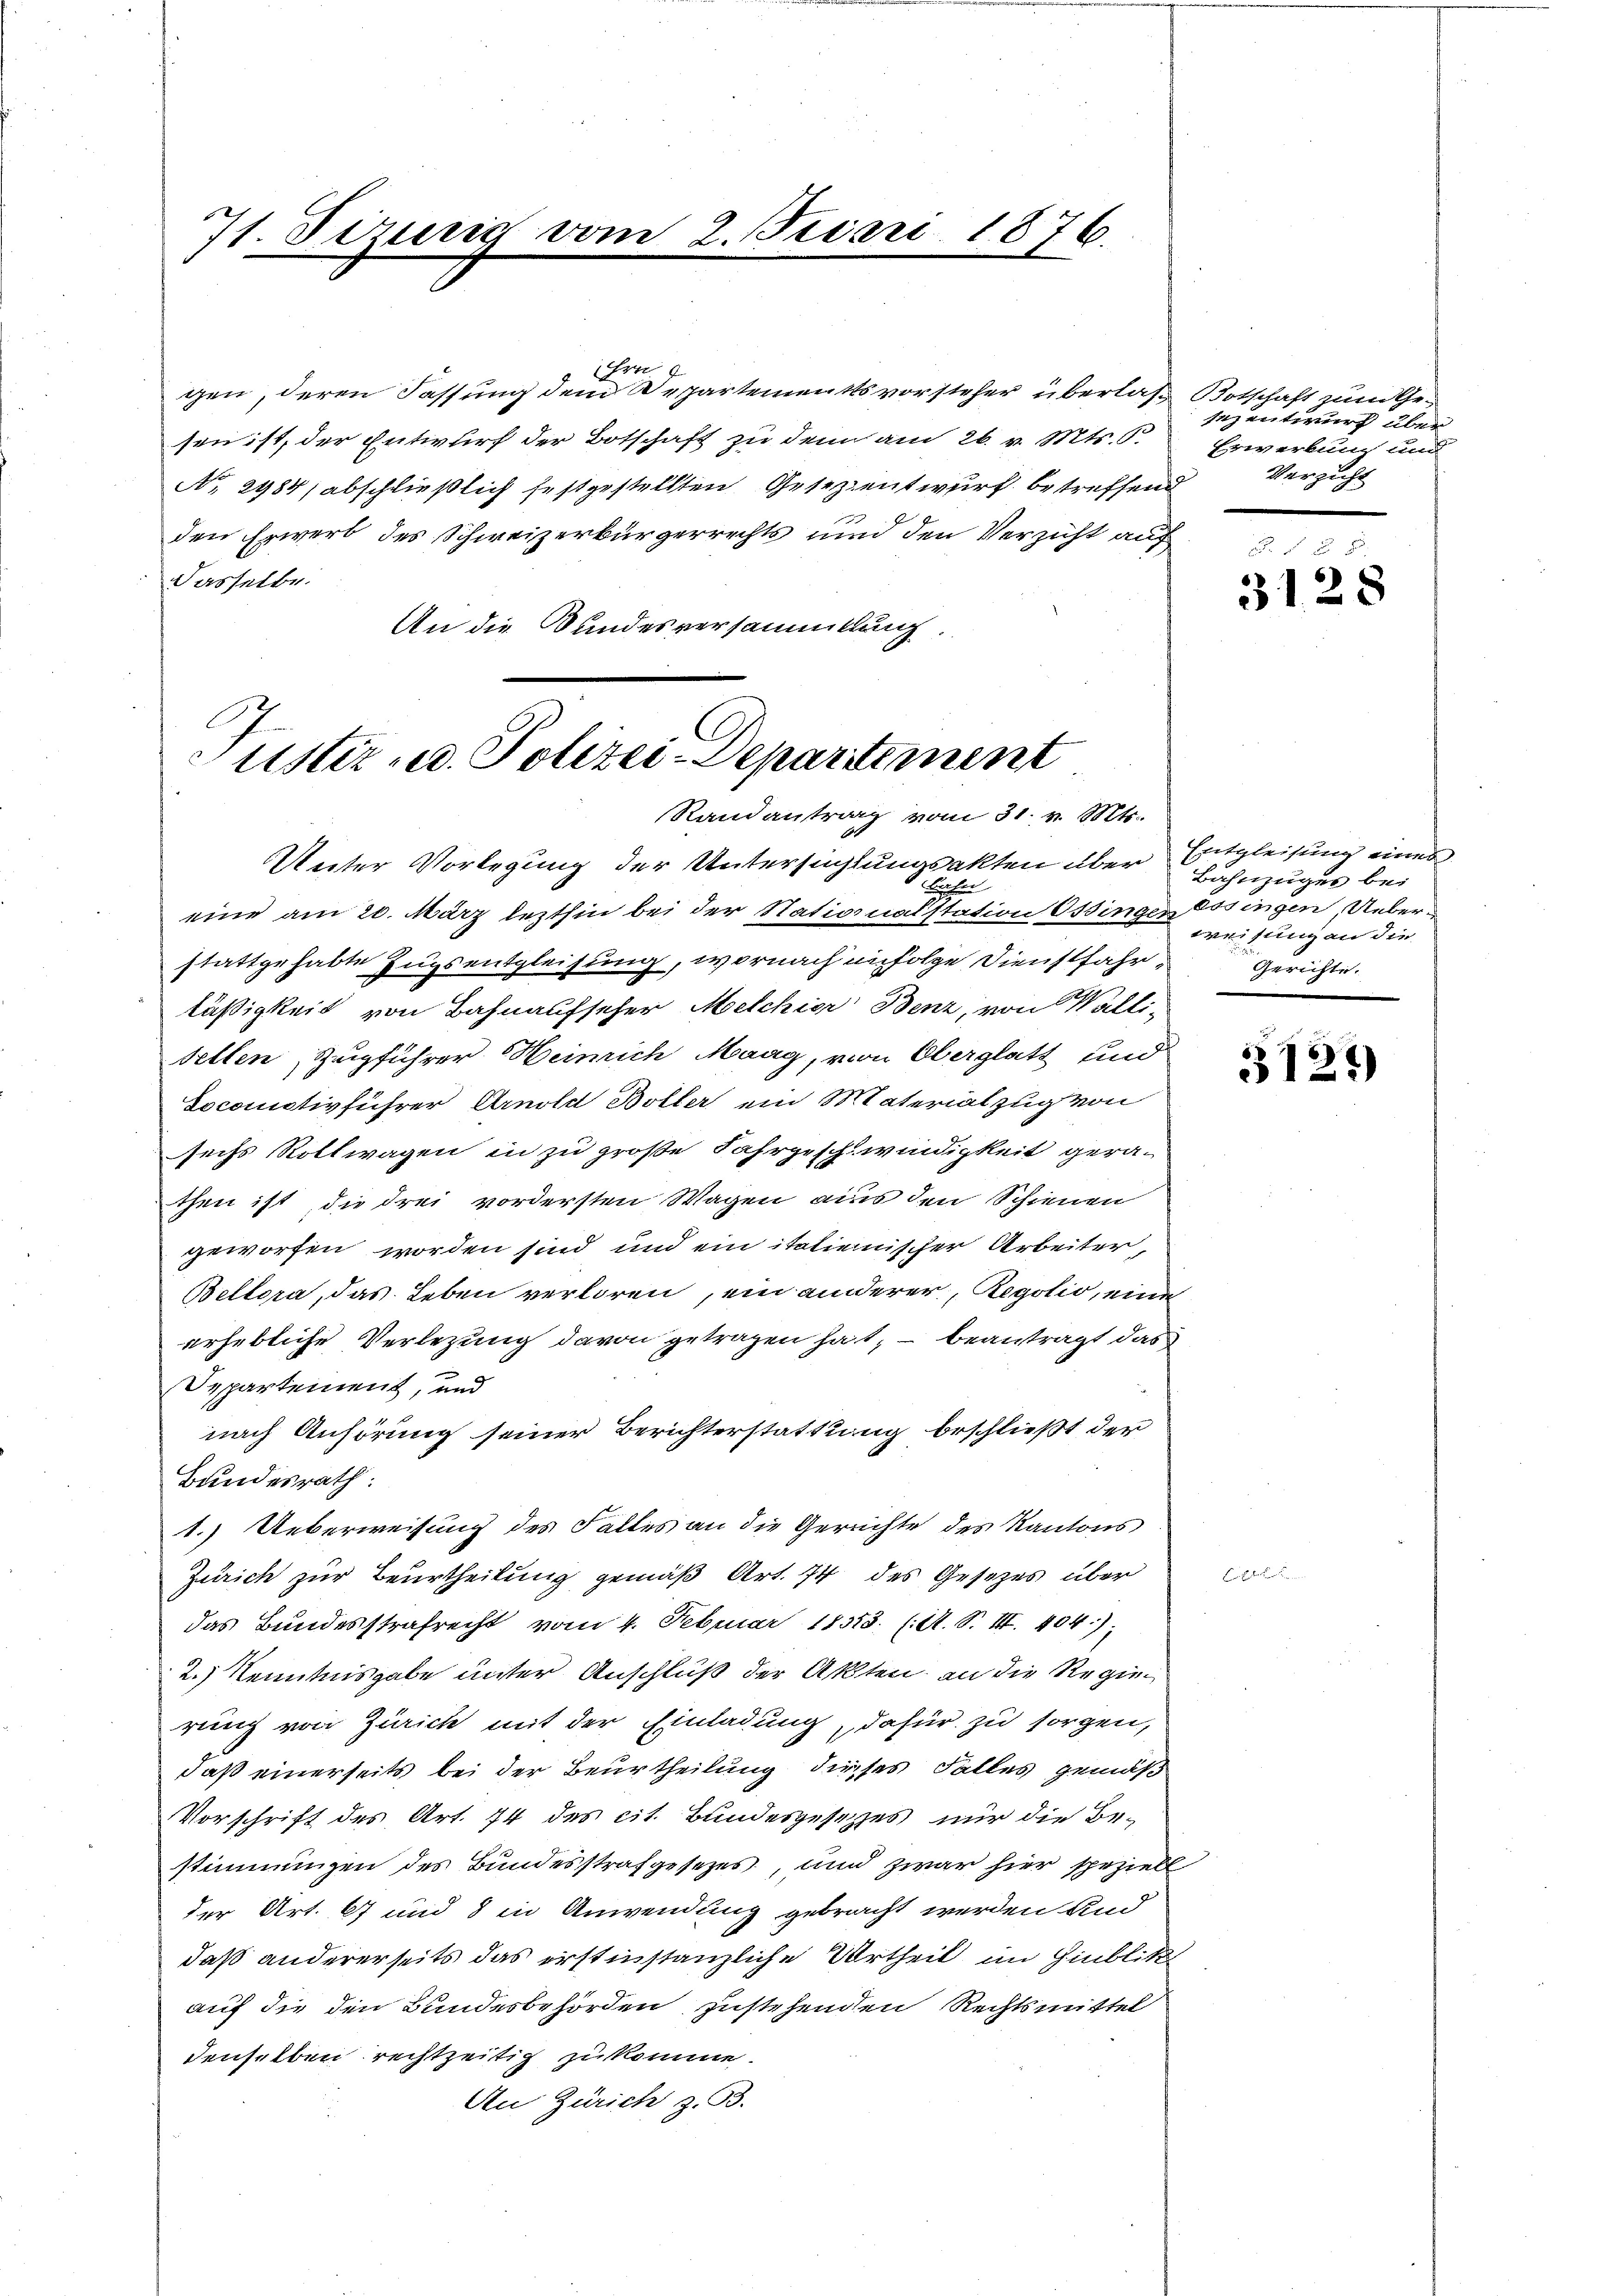
71. Sizung vom 2. Juni 1876.

chen
gen, deren Fassung dem Repartementsvorsteher überlaß Botschaft zum Gesen ist, der Entwurf der Botschaft zu dem am 26. v. Mts. 6.
No. 2984) abschließlich festgestellten Gesezzentwurf betreffend
den Erwerb des Schweizerbürgerrechts und den Verzicht auf
Dasselbe.
An die Bundesversammlung.

Justiz- u. Polizei-Departement
Randantrag vom 31. v. Mts.

Unter Vorlegung der Untersuchtungsakten über Bahnzüger bei
eine am 20. März lezthin bei der Nationalstation Ossinger essingen, Ueberstattgehabte Zugsentgleisung, wornach infolge Dienstfahr
läßigkeit von Bahnaufseher Melchior Benz, von Wallitellen, Zugführer Heinrich Maag, von Oberglatt und
Socomotivführer Arnold Boller ein Materialzug von
sechs Rollwagen in zu große Fahrgeschwindigkeit gera-
then ist die drei vordersten Wagen aus den Schienen
geworfen worden sind und ein italienischer Arbeiter,
Bellora, das Leben verloren, ein anderer Regotio, eine
erhebliche Verlegung davon getragen hat, – beantragt das
Departement, und
nach Anhörung seiner Berichterstattung beschließt der
Bundesrath:
1.) Ueberweisung des Falles an die Gerichte des Kantons
Zürich zur Beurtheilung gemäß Art. 74 des Gesetzes über
das Bundesstrafrecht vom 4. Februar 18313. (A. S. III. 404);
2.) Kenntnisgabe unter Anschluß der Akten, an die Regierung von Zürich mit der Einladung, dafür zu sorgen,
daß einerseits bei der Beurtheilung dieses Falles gemäß
Vorschrift des Art. 74 des cit. Bundesgesetzes nur die Bestimmungen des Bundesstrafgesezes, und zwar hier speziell
der Art. 67 und 8 in Anwendung gebracht werden und
daß andererseits das erstinstanzliche Urtheil im Hinblicke
auf die den Bundesbehörden zustehenden Rechtsmittel
denselben rechtzeitig zu komme.
Aen Zürich z. B.

Birchen

sezentwurf über
Erwerbung und
Verzicht

3128

Entgleichung eines
weisung an die
Gerichte.

3121)